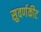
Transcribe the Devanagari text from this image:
सुवर्णकीट